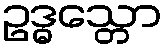
ဥဒ္ဓသ္တော